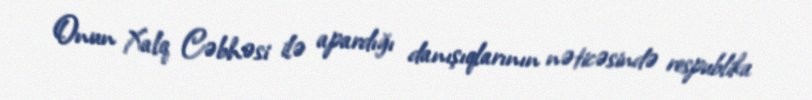
Onun Xalq Cəbhəsi ilə apardığı danışıqlarının nəticəsində respublika